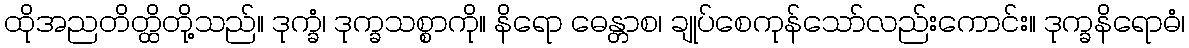
ထိုအညတိတ္ထိတို့သည်။ ဒုက္ခံ၊ ဒုက္ခသစ္စာကို။ နိရော ဓေန္တာစ၊ ချုပ်စေကုန်သော်လည်းကောင်း။ ဒုက္ခနိရောဓံ၊